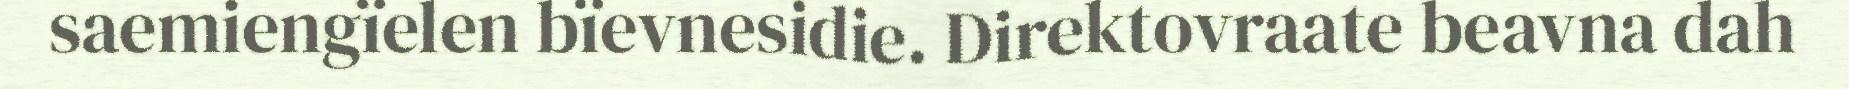
saemiengïelen bïevnesidie. Direktovraate beavna dah